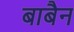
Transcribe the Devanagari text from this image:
बाबैन